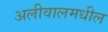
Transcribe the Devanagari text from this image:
अलीवालमधील